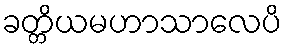
ခတ္တိယမဟာသာလေပိ